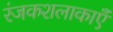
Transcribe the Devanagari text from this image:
रंजकशलाकाएँ